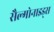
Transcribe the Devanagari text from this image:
सैल्मोनाइड्स